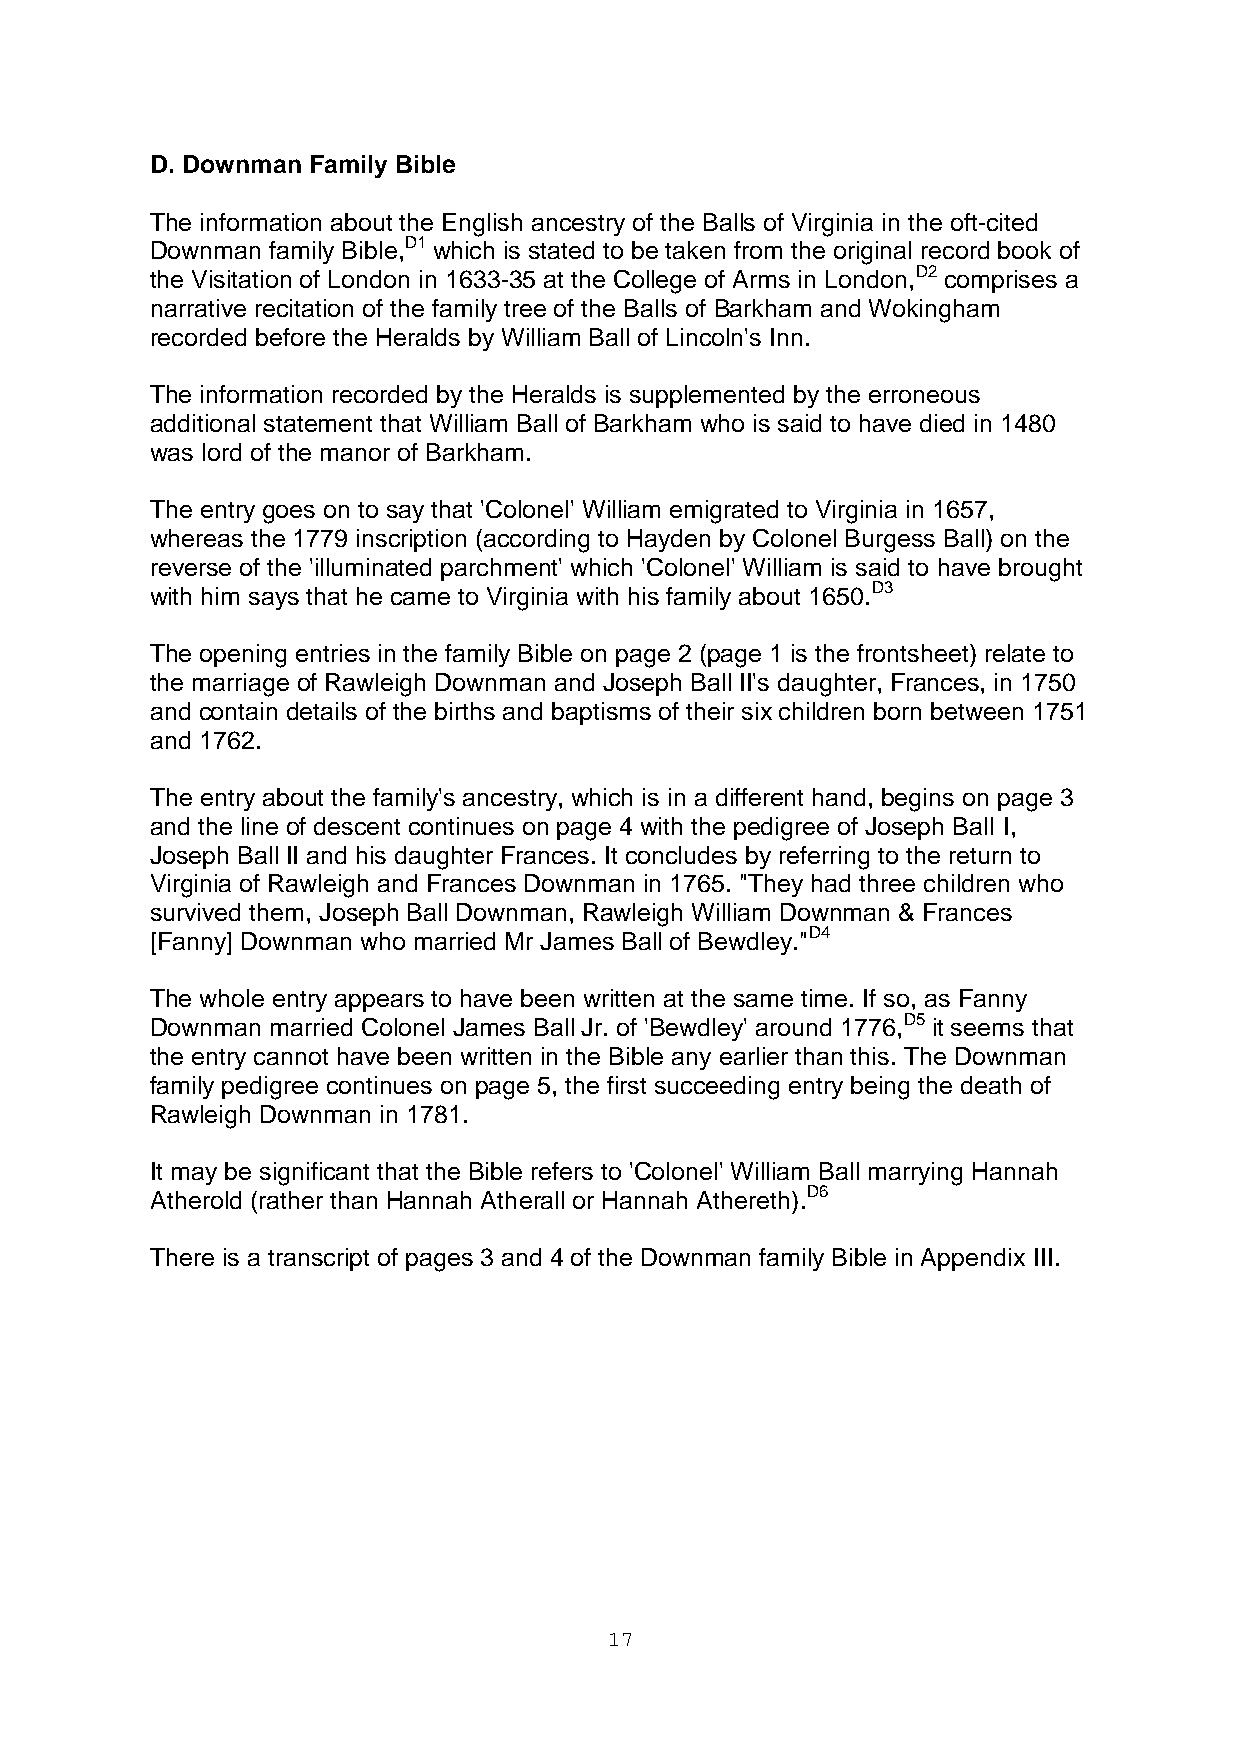
D. Downman Family Bible
 The information about the English ancestry of the Balls of Virginia in the oft-cited
 Downman family Bible,D1 which is stated to be taken from the original record book of
 the Visitation of London in 1633-35 at the College of Arms in London,D2 comprises a
 narrative recitation of the family tree of the Balls of Barkham and Wokingham
 recorded before the Heralds by William Ball of Lincoln's Inn.
 The information recorded by the Heralds is supplemented by the erroneous
 additional statement that William Ball of Barkham who is said to have died in 1480
 was lord of the manor of Barkham.
 The entry goes on to say that 'Colonel' William emigrated to Virginia in 1657,
 whereas the 1779 inscription (according to Hayden by Colonel Burgess Ball) on the
 reverse of the 'illuminated parchment' which 'Colonel' William is said to have brought
 with him says that he came to Virginia with his family about 1650.D3
 The opening entries in the family Bible on page 2 (page 1 is the frontsheet) relate to
 the marriage of Rawleigh Downman and Joseph Ball II's daughter, Frances, in 1750
 and contain details of the births and baptisms of their six children born between 1751
 and 1762.
 The entry about the family's ancestry, which is in a different hand, begins on page 3
 and the line of descent continues on page 4 with the pedigree of Joseph Ball I,
 Joseph Ball II and his daughter Frances. It concludes by referring to the return to
 Virginia of Rawleigh and Frances Downman in 1765. "They had three children who
 survived them, Joseph Ball Downman, Rawleigh William Downman & Frances
 [Fanny] Downman who married Mr James Ball of Bewdley."D4
 The whole entry appears to have been written at the same time. If so, as Fanny
 Downman married Colonel James Ball Jr. of 'Bewdley' around 1776,D5 it seems that
 the entry cannot have been written in the Bible any earlier than this. The Downman
 family pedigree continues on page 5, the first succeeding entry being the death of
 Rawleigh Downman in 1781.
 It may be significant that the Bible refers to 'Colonel' William Ball marrying Hannah
 Atherold (rather than Hannah Atherall or Hannah Athereth).D6
 There is a transcript of pages 3 and 4 of the Downman family Bible in Appendix III.
 17